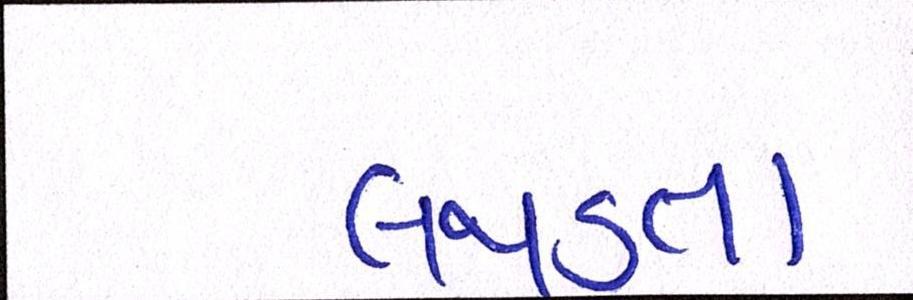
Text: લથડતા